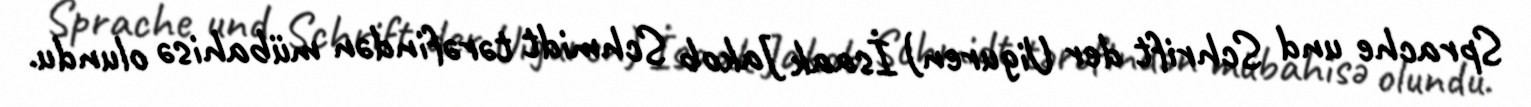
Sprache und Schrift der Uiguren) İsaak Jakob Schmidt tərəfindən mübahisə olundu.